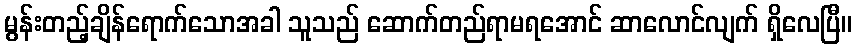
မွန်းတည့်ချိန်ရောက်သောအခါ သူသည် ဆောက်တည်ရာမရအောင် ဆာလောင်လျက် ရှိလေပြီ။